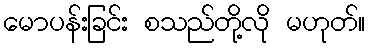
မောပန်းခြင်း စသည်တို့လို မဟုတ်။